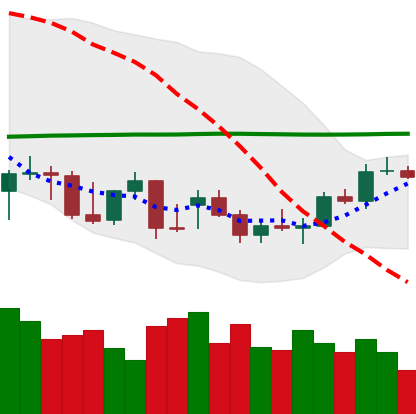
Ticker: BTC-USD
Chart end date: 2021-12-25
Forward return: -6.448%
Label: down_5_7